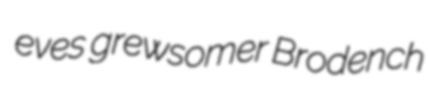
eves grewsomer Brodench